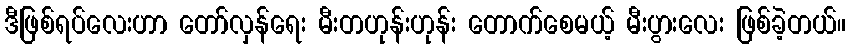
ဒီဖြစ်ရပ်လေးဟာ တော်လှန်ရေး မီးတဟုန်းဟုန်း တောက်စေမယ့် မီးပွားလေး ဖြစ်ခဲ့တယ်။